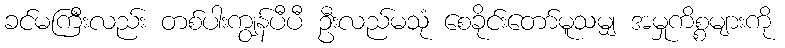
ခင်မကြီးလည်း တစ်ပါးကျွန်ပီပီ ဦးလည်မသုံ စေခိုင်းတော်မူသမျှ အမှုကိစ္စများကို